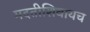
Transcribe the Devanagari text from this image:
मदतीशिवायच